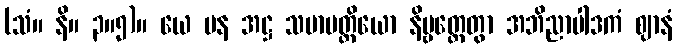
(သံ။ နိ။ ၃။၅)။ ယေ ပန အဋ္ဌ သမာပတ္တိယော နိဗ္ဗတ္တေတွာ အဘိညာပါဒကံ ဈာနံ